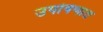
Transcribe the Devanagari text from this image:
उपोषणात